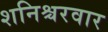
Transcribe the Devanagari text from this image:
शनिश्चरवार